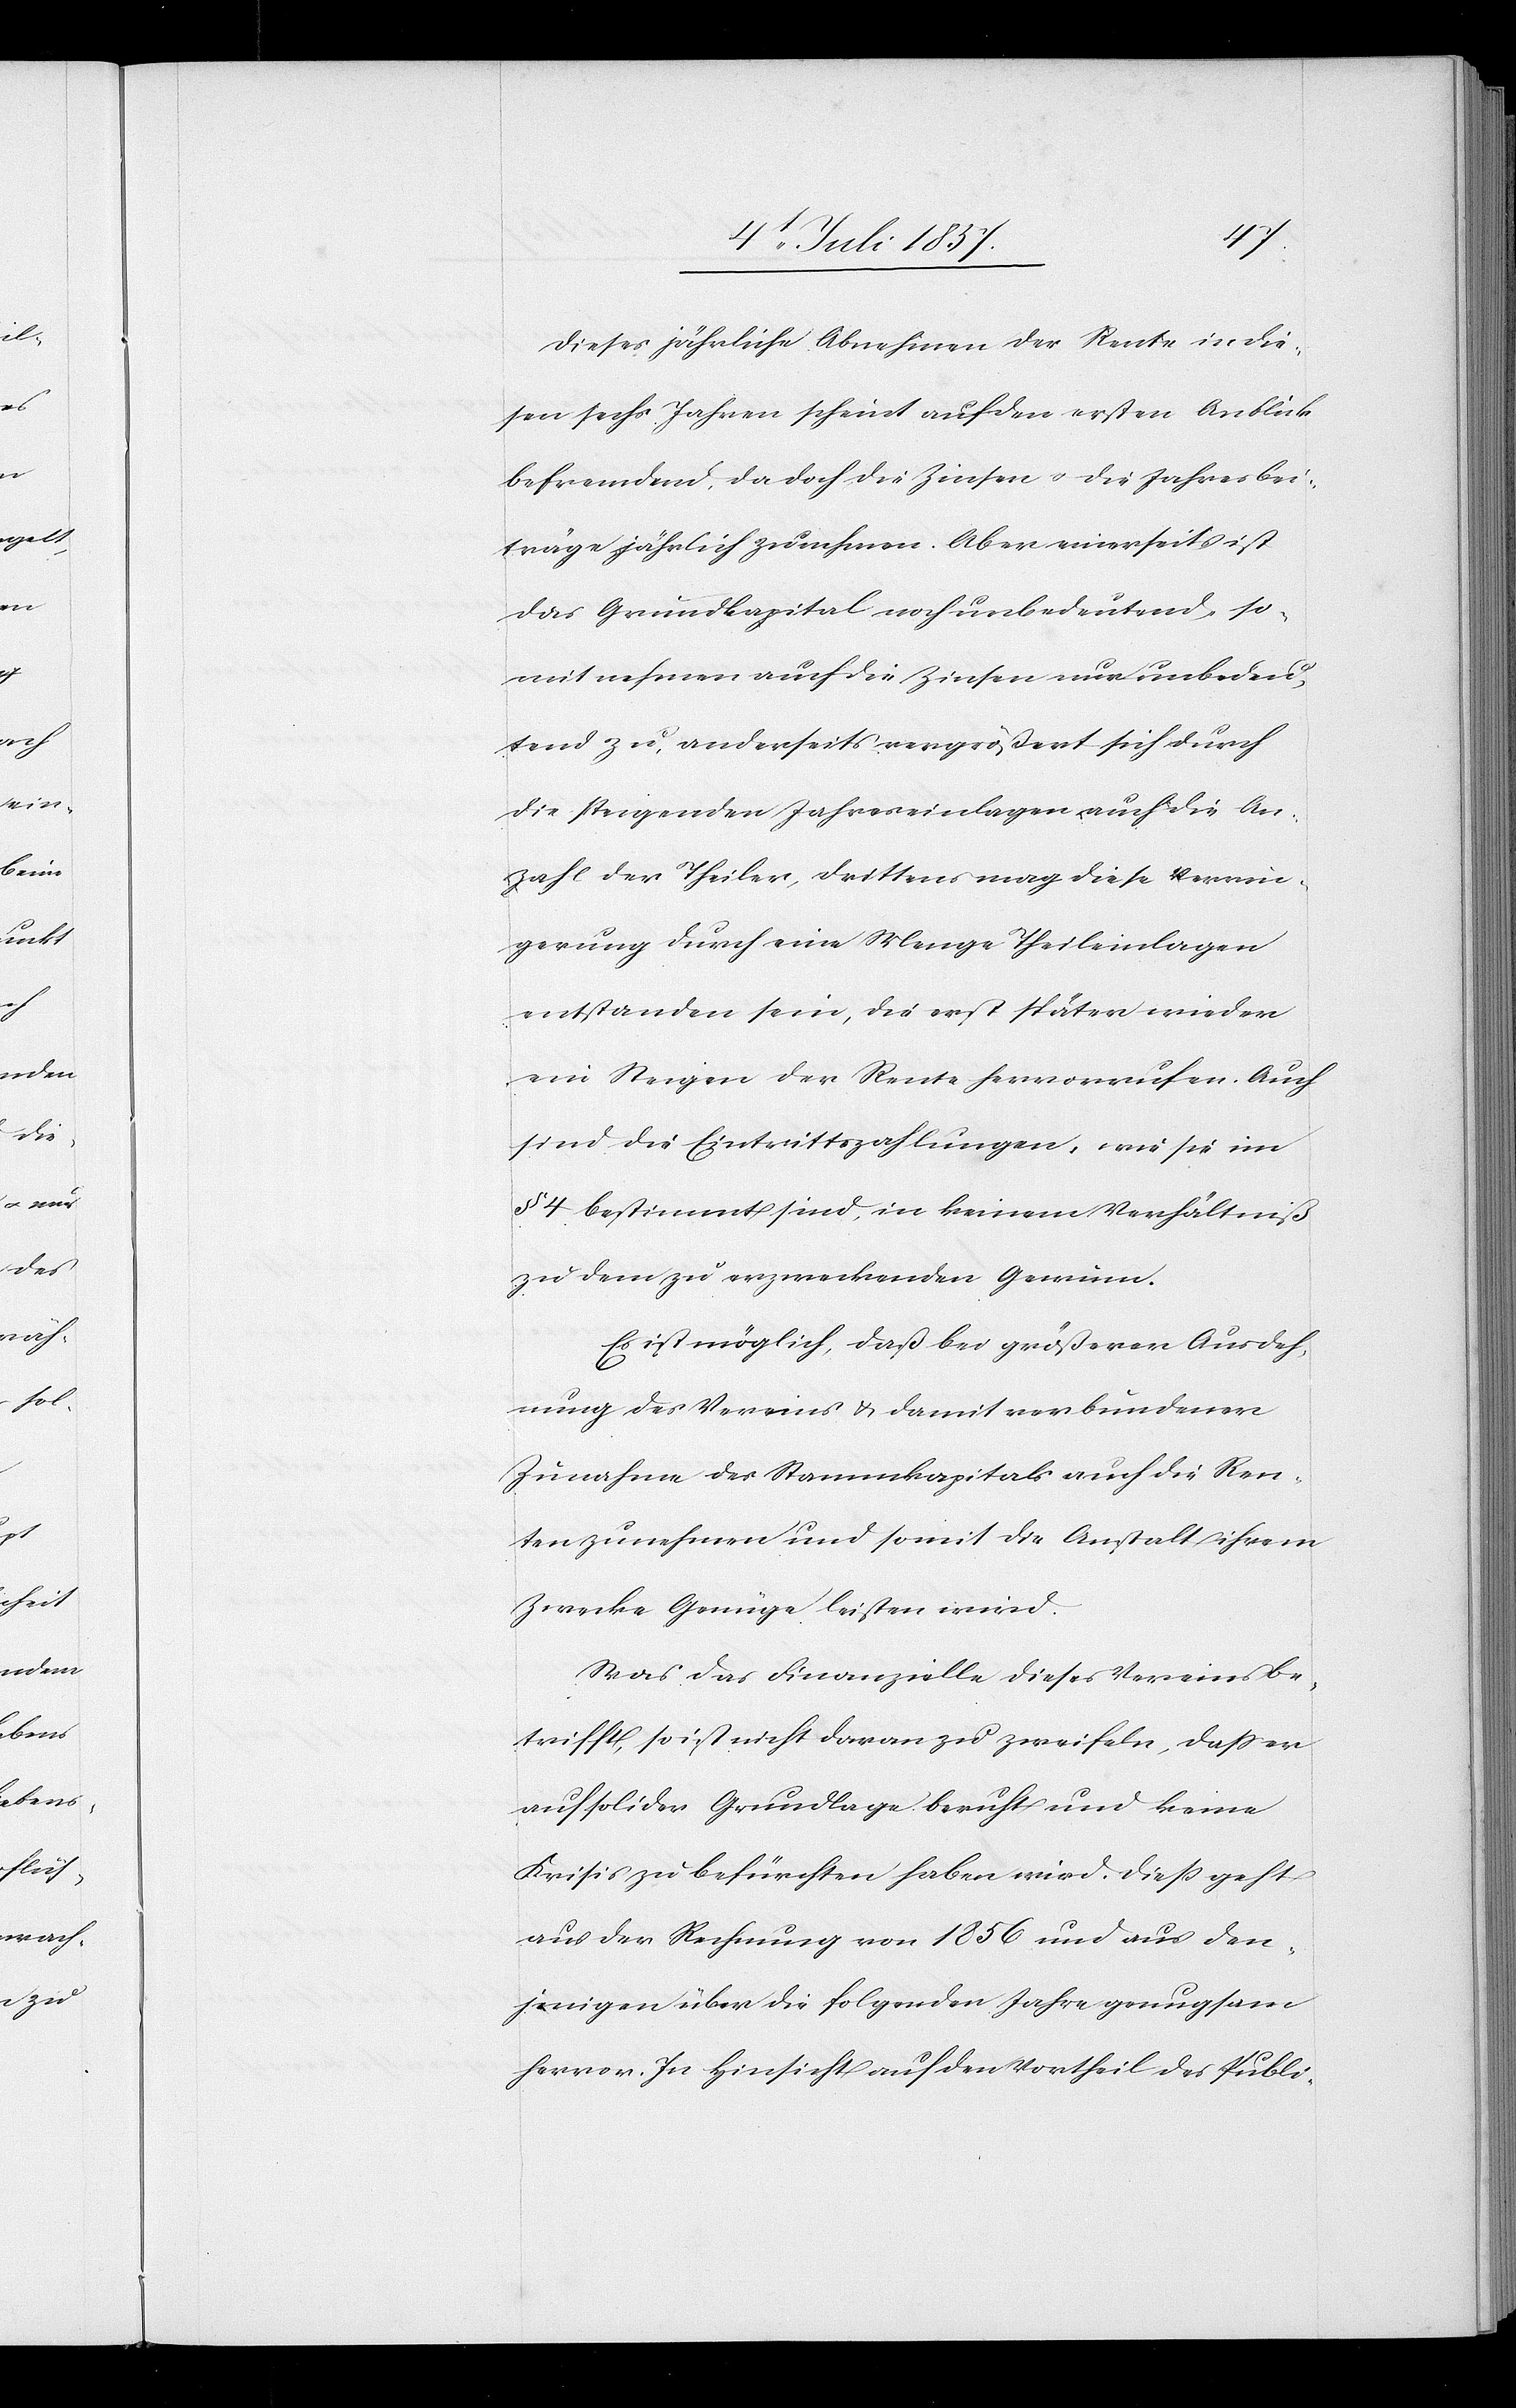
Dieses jährliche Abnehmen der Rente in die¬
sen sechs Jahren scheint auf den ersten Anblick
befremdend, da doch die Zinsen & die Jahresbei¬
träge jährlich zunehmen. Aber einerseits ist
das Gemeindkapital noch unbedeutend, so¬
mit nehmen auch die Zinsen nur unbedeu¬
tend zu, anderseits vergrößert sich durch
die steigenden Jahreseinlagen auch die An¬
zahl der Theiler, drittens mag diese Vermin¬
derung durch eine Menge Theileinlagen
entstanden sein, die erst später wieder
ein Steigen der Rente hervorrufen. Auch
sind die Eintrittszahlungen, wie sie im
§ 4 bestimmt sind, in keinem Verhältniß
zu dem zu erzweckenden Gewinn.
Es ist möglich, daß bei größerer Ausdeh¬
nung des Vereines & damit verbundener
Zunahme des Stammkapitals auch die Ren¬
ten zunehmen und somit die Anstalt ihrem
Zwecke Genüge leisten wird.
Was das Finanzielle dieses Vereins be¬
trifft, so ist nicht daran zu zweifeln, daß er
auf solider Grundlage beruht und keine
Krisis zu befürchten haben wird. Dieß geht
aus der Rechnung von 1856 und aus den¬
jenigen über die folgenden Jahre genugsam
hervor. In Hinsicht auf den Vortheil des Publi-